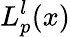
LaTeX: L_{p}^{l}(x)